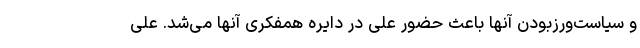
و سیاست‌ورز‌بودن آنها باعث حضور علی در دایره همفکری آنها می‌شد. علی